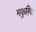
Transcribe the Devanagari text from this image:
मकुरिया